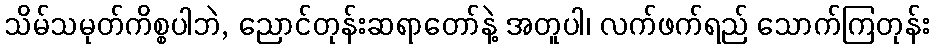
သိမ်သမုတ်ကိစ္စပါဘဲ, ညောင်တုန်းဆရာတော်နဲ့ အတူပါ၊ လက်ဖက်ရည် သောက်ကြတုန်း